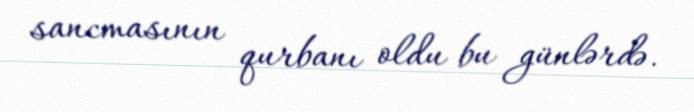
sancmasının qurbanı oldu bu günlərdə.